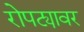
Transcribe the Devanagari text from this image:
रोपट्यावर